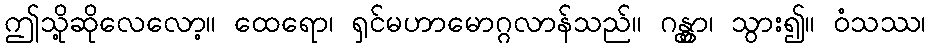
ဤသို့ဆိုလေလော့။ ထေရော၊ ရှင်မဟာမောဂ္ဂလာန်သည်။ ဂန္တွာ၊ သွား၍။ ဝံသဿ၊